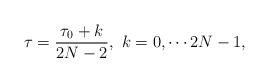
LaTeX: \begin{align*}\tau = \frac{\tau_0 + k }{2N- 2}, ~k=0,\cdots 2N-1,\end{align*}